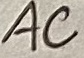
Text: AC